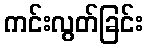
ကင်းလွတ်ခြင်း